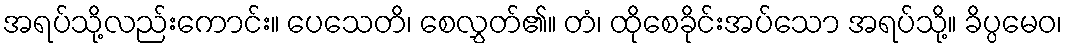
အရပ်သို့လည်းကောင်း။ ပေသေတိ၊ စေလွှတ်၏။ တံ၊ ထိုစေခိုင်းအပ်သော အရပ်သို့။ ခိပ္ပမေဝ၊